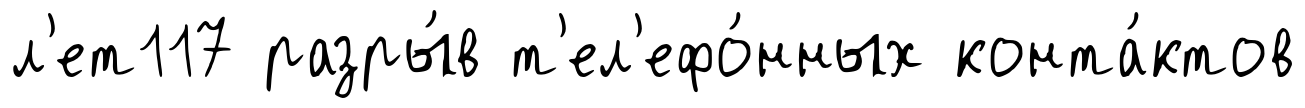
л'ет117 разры́в т'ел'ефо́нных конта́ктов